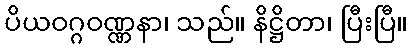
ပိယဝဂ္ဂဝဏ္ဏနာ၊ သည်။ နိဋ္ဌိတာ၊ ပြီးပြီ။